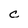
Character: C